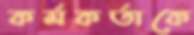
কর্মকর্তাকে